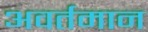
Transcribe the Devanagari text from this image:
अवर्तमान